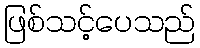
ဖြစ်သင့်ပေသည်